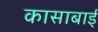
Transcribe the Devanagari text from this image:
कासाबाई